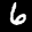
Label: 6